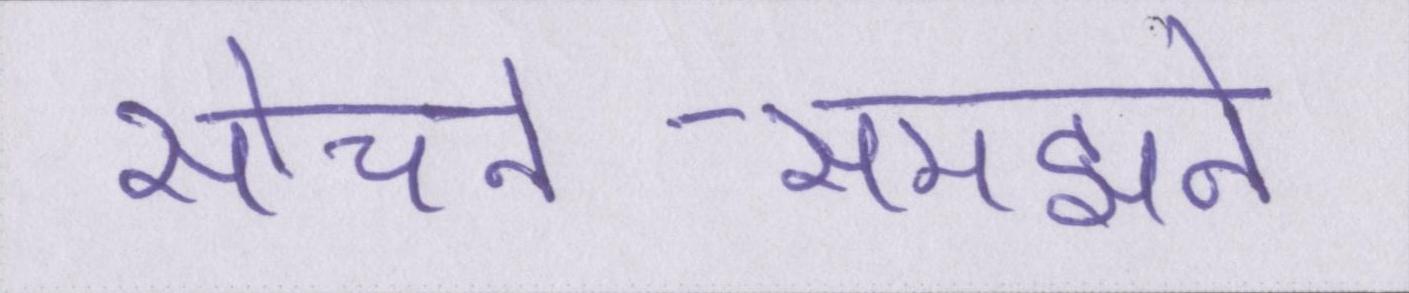
सोचने-समझने